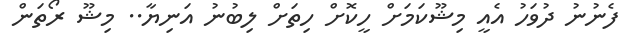
ފެނުނު ދުވަހު އެއީ މިޝޫކަމަށް ހީކޮށް ހިތަށް ލިބުނު އަނިޔާ.. މިޝޫ ރޯތަން